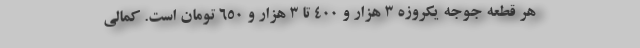
هر قطعه جوجه یکروزه ۳ هزار و ۴۰۰ تا ۳ هزار و ۶۵۰ تومان است. کمالی